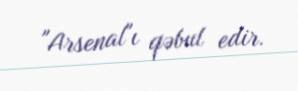
"Arsenal"ı qəbul edir.